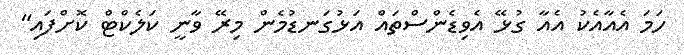
ހަމަ އެއާއެކު އެއާ ގުޅޭ އެވިޑެންސްތައް އަޅުގަނޑުމެން މިރޭ ވާނީ ކަލެކްޓް ކޮށްފައި"